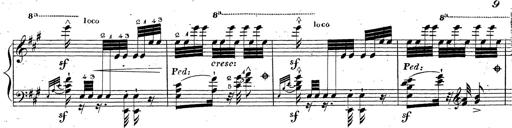
Title: Grande fantaisie sur la tyrolienne de l'opÃ©ra
Composer: Franz Liszt
Key: A major